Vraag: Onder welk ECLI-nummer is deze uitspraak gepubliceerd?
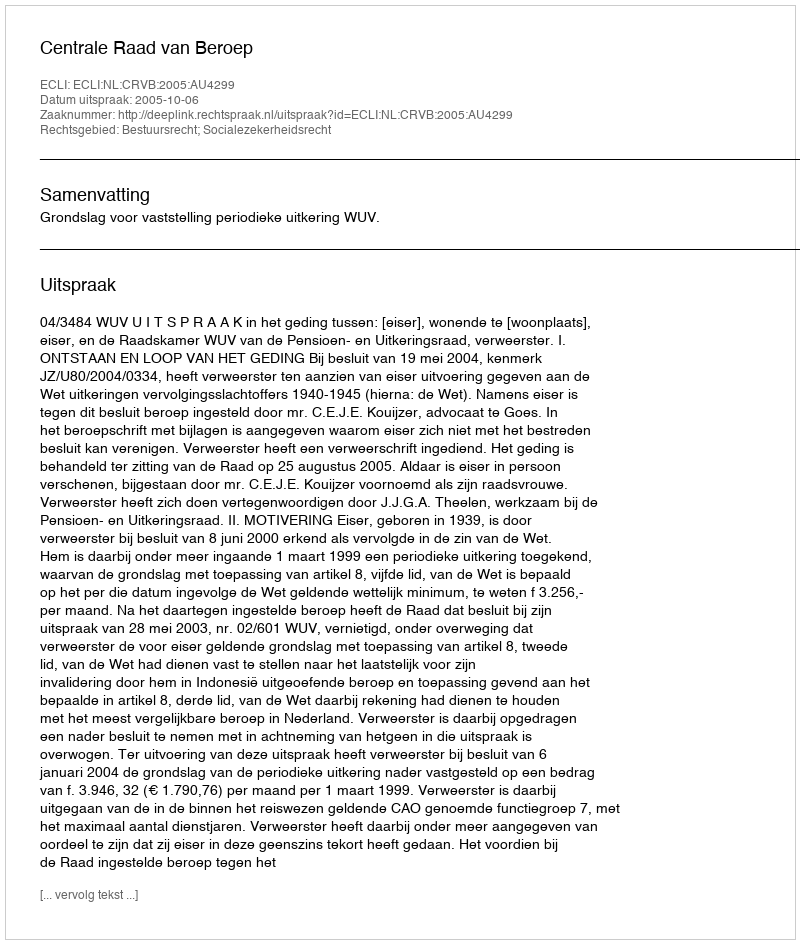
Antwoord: ECLI:NL:CRVB:2005:AU4299